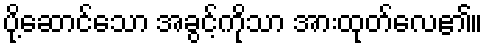
ပို့ဆောင်သော အခွင့်ကိုသာ အားထုတ်လေ၏။